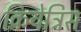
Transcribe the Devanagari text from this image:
क्रियेत्रिस